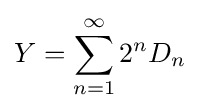
Y=\sum _{n=1}^{\infty }2^{n}D_{n}